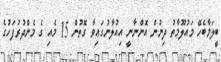
ބީލަމާބެހޭ މައުލޫމާތު ދިނުން އޮންނާނީ އިއުލާނުގައިވާ ގޮތުން 15 މެއި ގެ މެންދުރުފަހުގެ